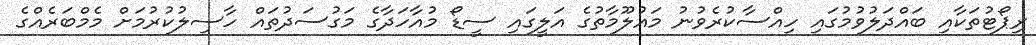
ރިޕޯޓުތަކާއި ބައްދަލުވުމުގައި ހިއްސާކުރެވުނު މައުލޫމާތުގެ އަލީގައި ސީޑޯ މުއާހަދާގެ މަގުސަދުތައް ހާސިލުކުރުމަށް މެމްބަރެއްގެ